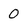
Character: 0